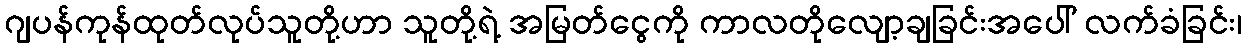
ဂျပန်ကုန်ထုတ်လုပ်သူတို့ဟာ သူတို့ရဲ့ အမြတ်ငွေကို ကာလတိုလျော့ချခြင်းအပေါ် လက်ခံခြင်း၊